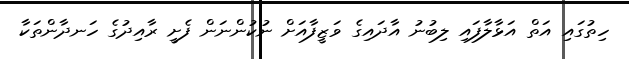
ހިތުގައި އަތް އަޅާލާފައި ލިބުނު އާދައިގެ ވަޒީފާއަށް ނުކުންނަން ފެށީ ރާއިދުގެ ހަނދާންތަކާ